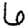
Digit: 6